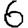
Digit: 6